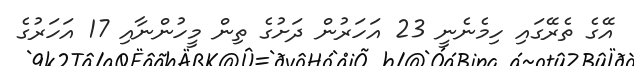
އޭގެ ތެރޭގައި ހިމެނެނީ 23 އަހަރުން ދަށުގެ ތިން މީހުންނާއި 17 އަހަރުގެ